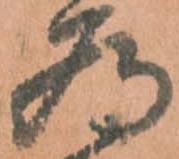
為